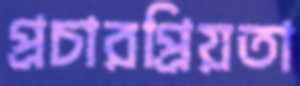
প্রচারপ্রিয়তা